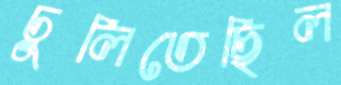
ঢুলিতেছিল